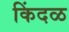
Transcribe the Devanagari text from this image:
किंदळ